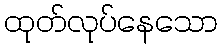
ထုတ်လုပ်နေသော